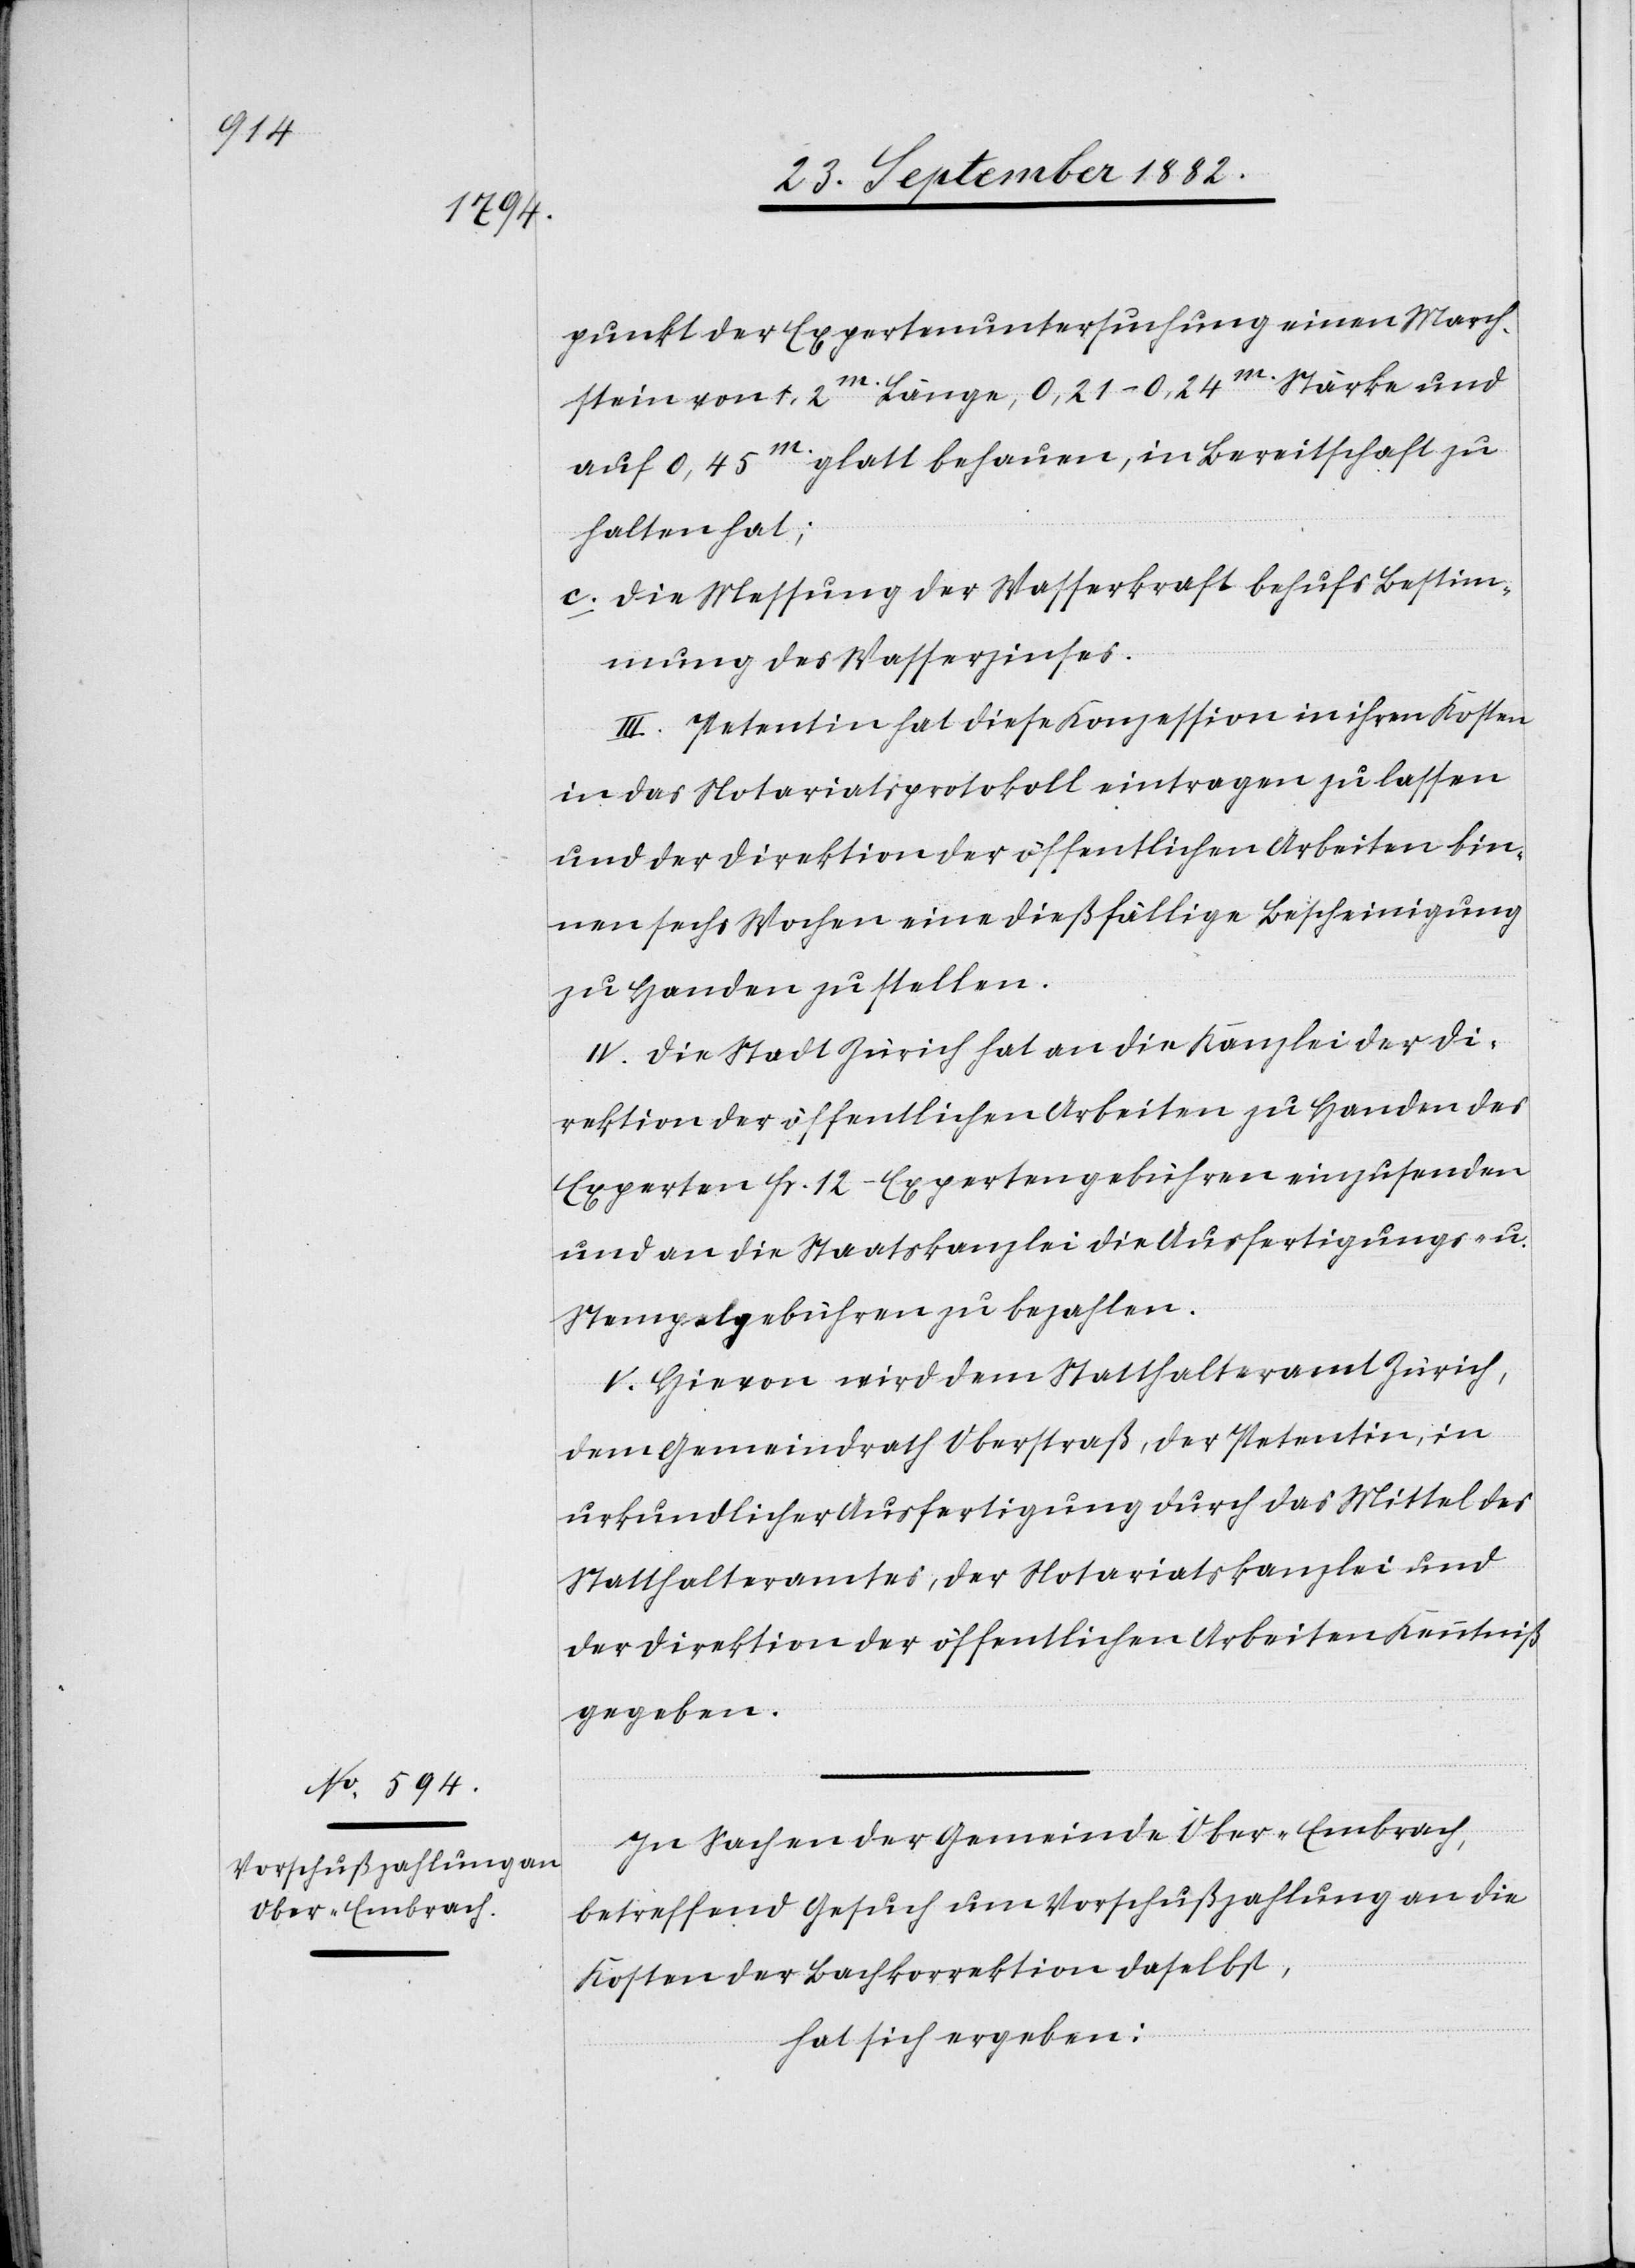
punkt der Expertenuntersuchung einen March¬
stein von 1,2m Länge, 0,211–0,24m Stärke und
auf 0,45m glatt belaufen, in Bereitschaft zu
halten hat;
c) Die Messung der Wasserkraft behufs Bestim¬
mung des Wasserzinses.
III. Petentin hat diese Konzession in ihren Kosten
in das Notariatsprotokoll eintragen zu lassen
und der Direktion der öffentlichen Arbeiten bin¬
nen sechs Wochen eine dießfällige Bescheinigung
zu Handen zu stellen.
IV. Die Stadt Zürich hat an die Kanzlei der Di¬
rektion der öffentlichen Arbeiten zu Handen des
Experten Fr. 12 – Expertengebühren einzusenden
und an die Staatskanzlei die Ausfertigungs- u.
Stempelgebühren zu bezahlen.
V. Hievon wird dem Statthalteramt Zürich,
dem Gemeindrath Oberstraß, der Petentin, in
urkundlicher Ausfertigung durch das Mittel des
Statthalteramtes, der Notariatskanzlei und
der Direktion der öffentlichen Arbeiten Kenntniß
gegeben.
In Sachen der Gemeinde Ober-Embrach,
betreffend Gesuch um Vorschußzahlungen an die
Kosten der Bachkorrektion daselbst,
hat sich ergeben: